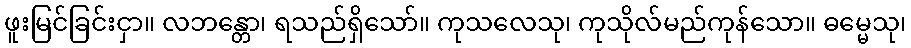
ဖူးမြင်ခြင်းငှာ။ လဘန္တော၊ ရသည်ရှိသော်။ ကုသလေသု၊ ကုသိုလ်မည်ကုန်သော။ ဓမ္မေသု၊